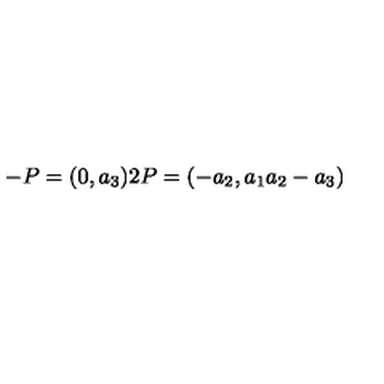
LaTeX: - P = ( 0 , a _ { 3 } ) 2 P = ( - a _ { 2 } , a _ { 1 } a _ { 2 } - a _ { 3 } )